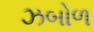
ઝબોળ